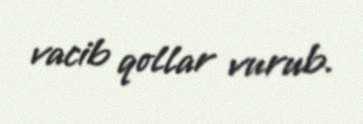
vacib qollar vurub.